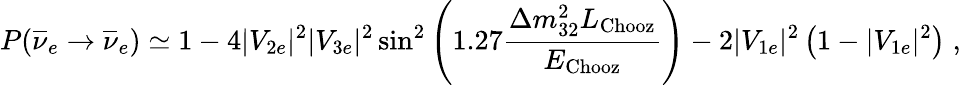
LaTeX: P(\overline{{{\nu}}}_{e}\rightarrow\overline{{{\nu}}}_{e})\simeq 1-4|V_{2e}|^{2}|V_{3e}|^{2}\sin^{2}\left(1.27\frac{\Delta m_{32}^{2}L_{\mathrm{Chooz}}}{E_{\mathrm{Chooz}}}\right)-2|V_{1e}|^{2}\left(1-|V_{1e}|^{2}\right)\; ,